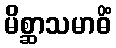
မိစ္ဆာသမာဓိံ